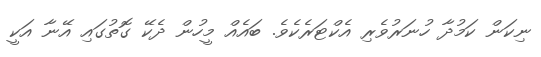
ނިކަން ކަމުދާ ހުނަރުވެރި އެކްޓަރެކެވެ. ބައެއް މީހުން ދެކޭ ގޮތުގައި އޭނާ އަކީ